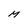
Character: M